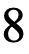
8